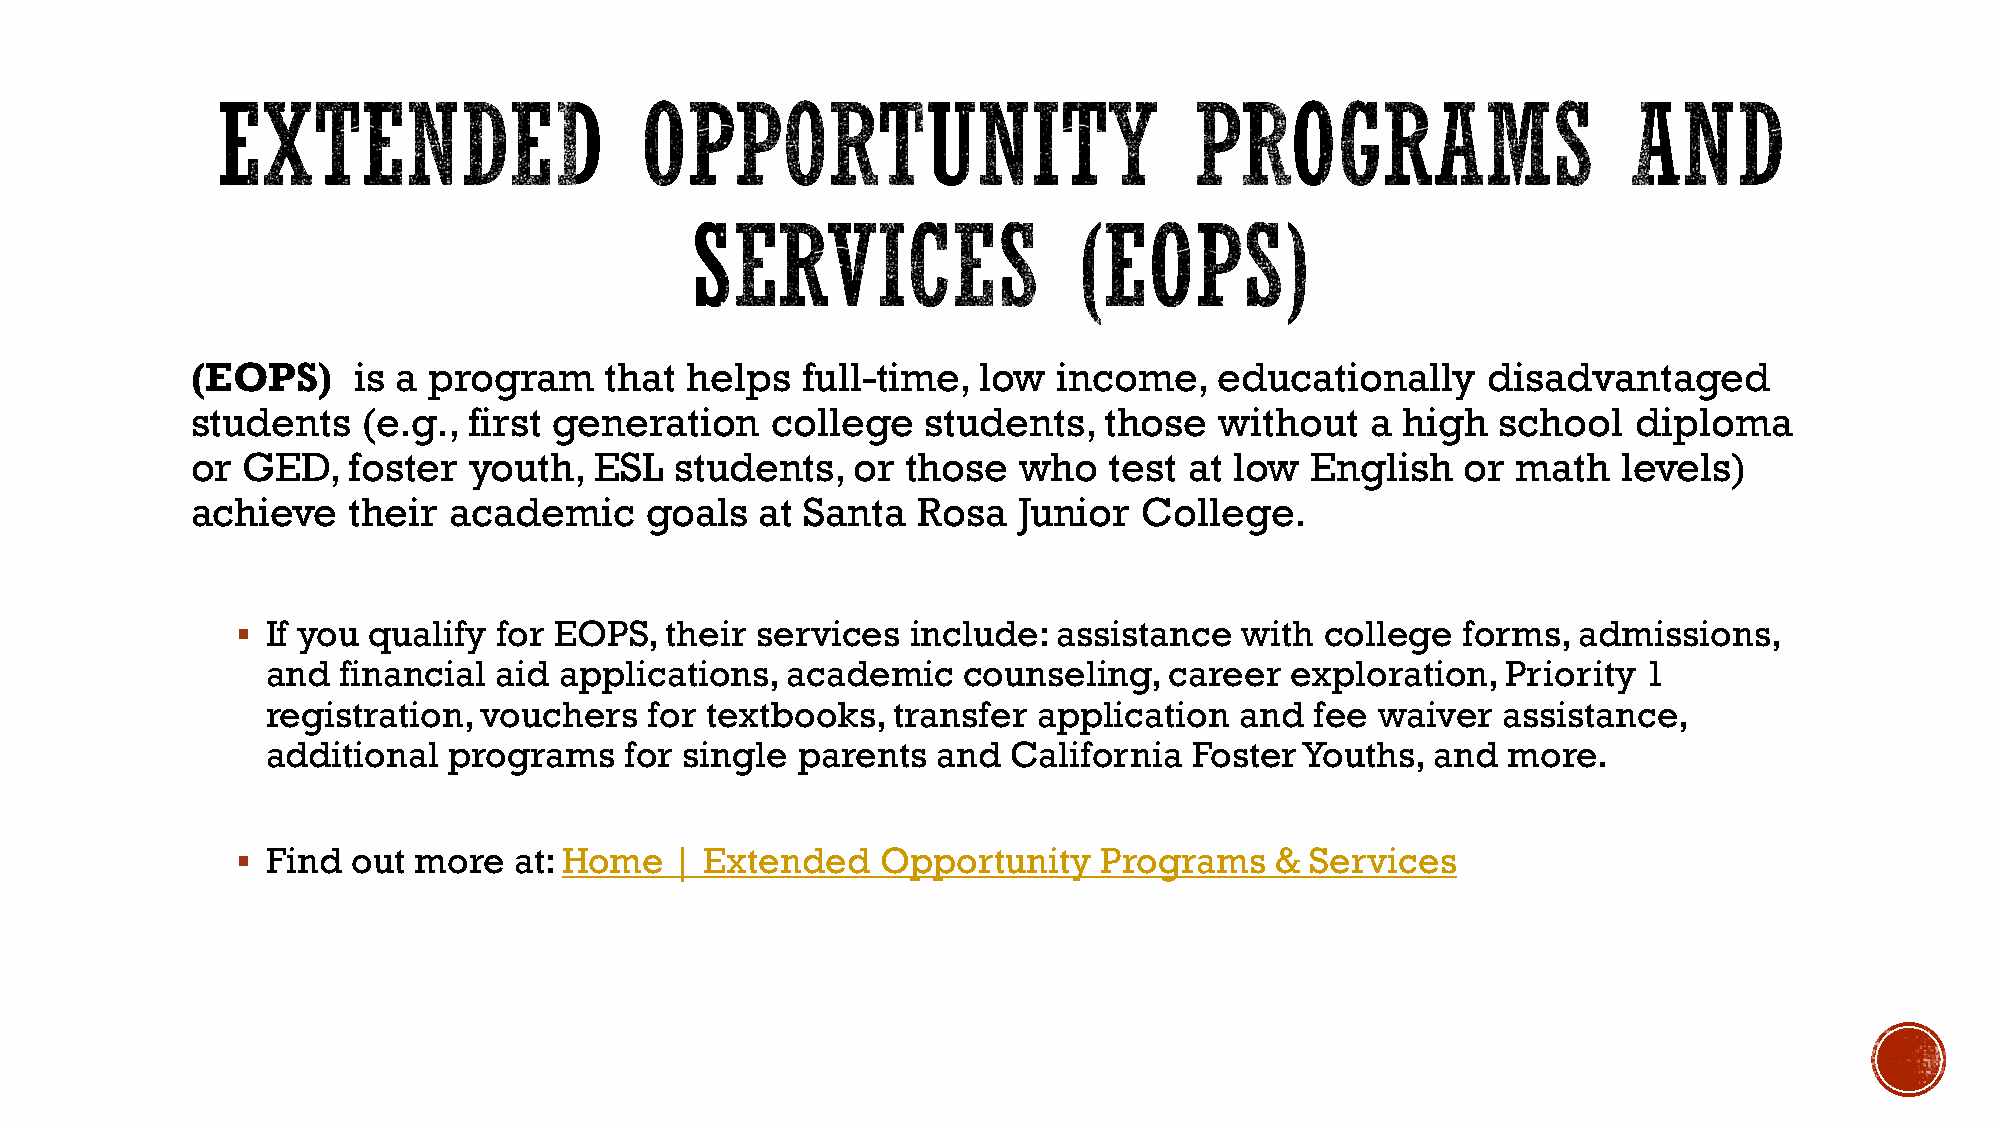
(EOPS)    is a program     that helps   full-time,  low  income,    educationally    disadvantaged
 students   (e.g., first generation    college   students,   those   without   a high  school   diploma
 or GED,   foster  youth,  ESL   students,   or those   who  test  at low  English   or math   levels)
 achieve   their  academic     goals  at Santa   Rosa  Junior   College.
  If you qualify for EOPS,  their services  include:  assistance  with  college  forms, admissions,
 and financial  aid applications,  academic    counseling,  career  exploration,   Priority 1
 registration, vouchers   for textbooks,  transfer  application  and  fee waiver  assistance,
 additional  programs   for single  parents  and  California  Foster Youths,  and  more.
  Find out more   at: Home   | Extended   Opportunity    Programs   &  Services